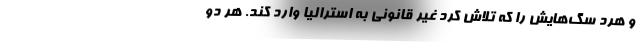
و هرد سگ‌هایش را که تلاش کرد غیر قانونی به استرالیا وارد کند. هر دو